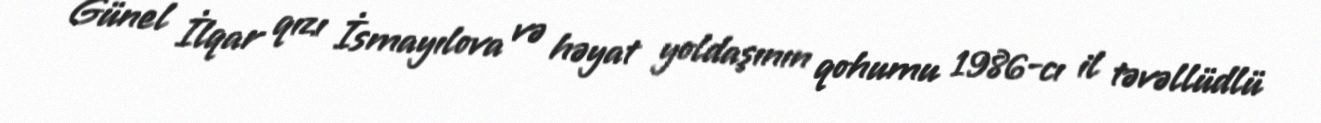
Günel İlqar qızı İsmayılova və həyat yoldaşının qohumu 1986-cı il təvəllüdlü